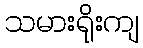
သမားရိုးကျ